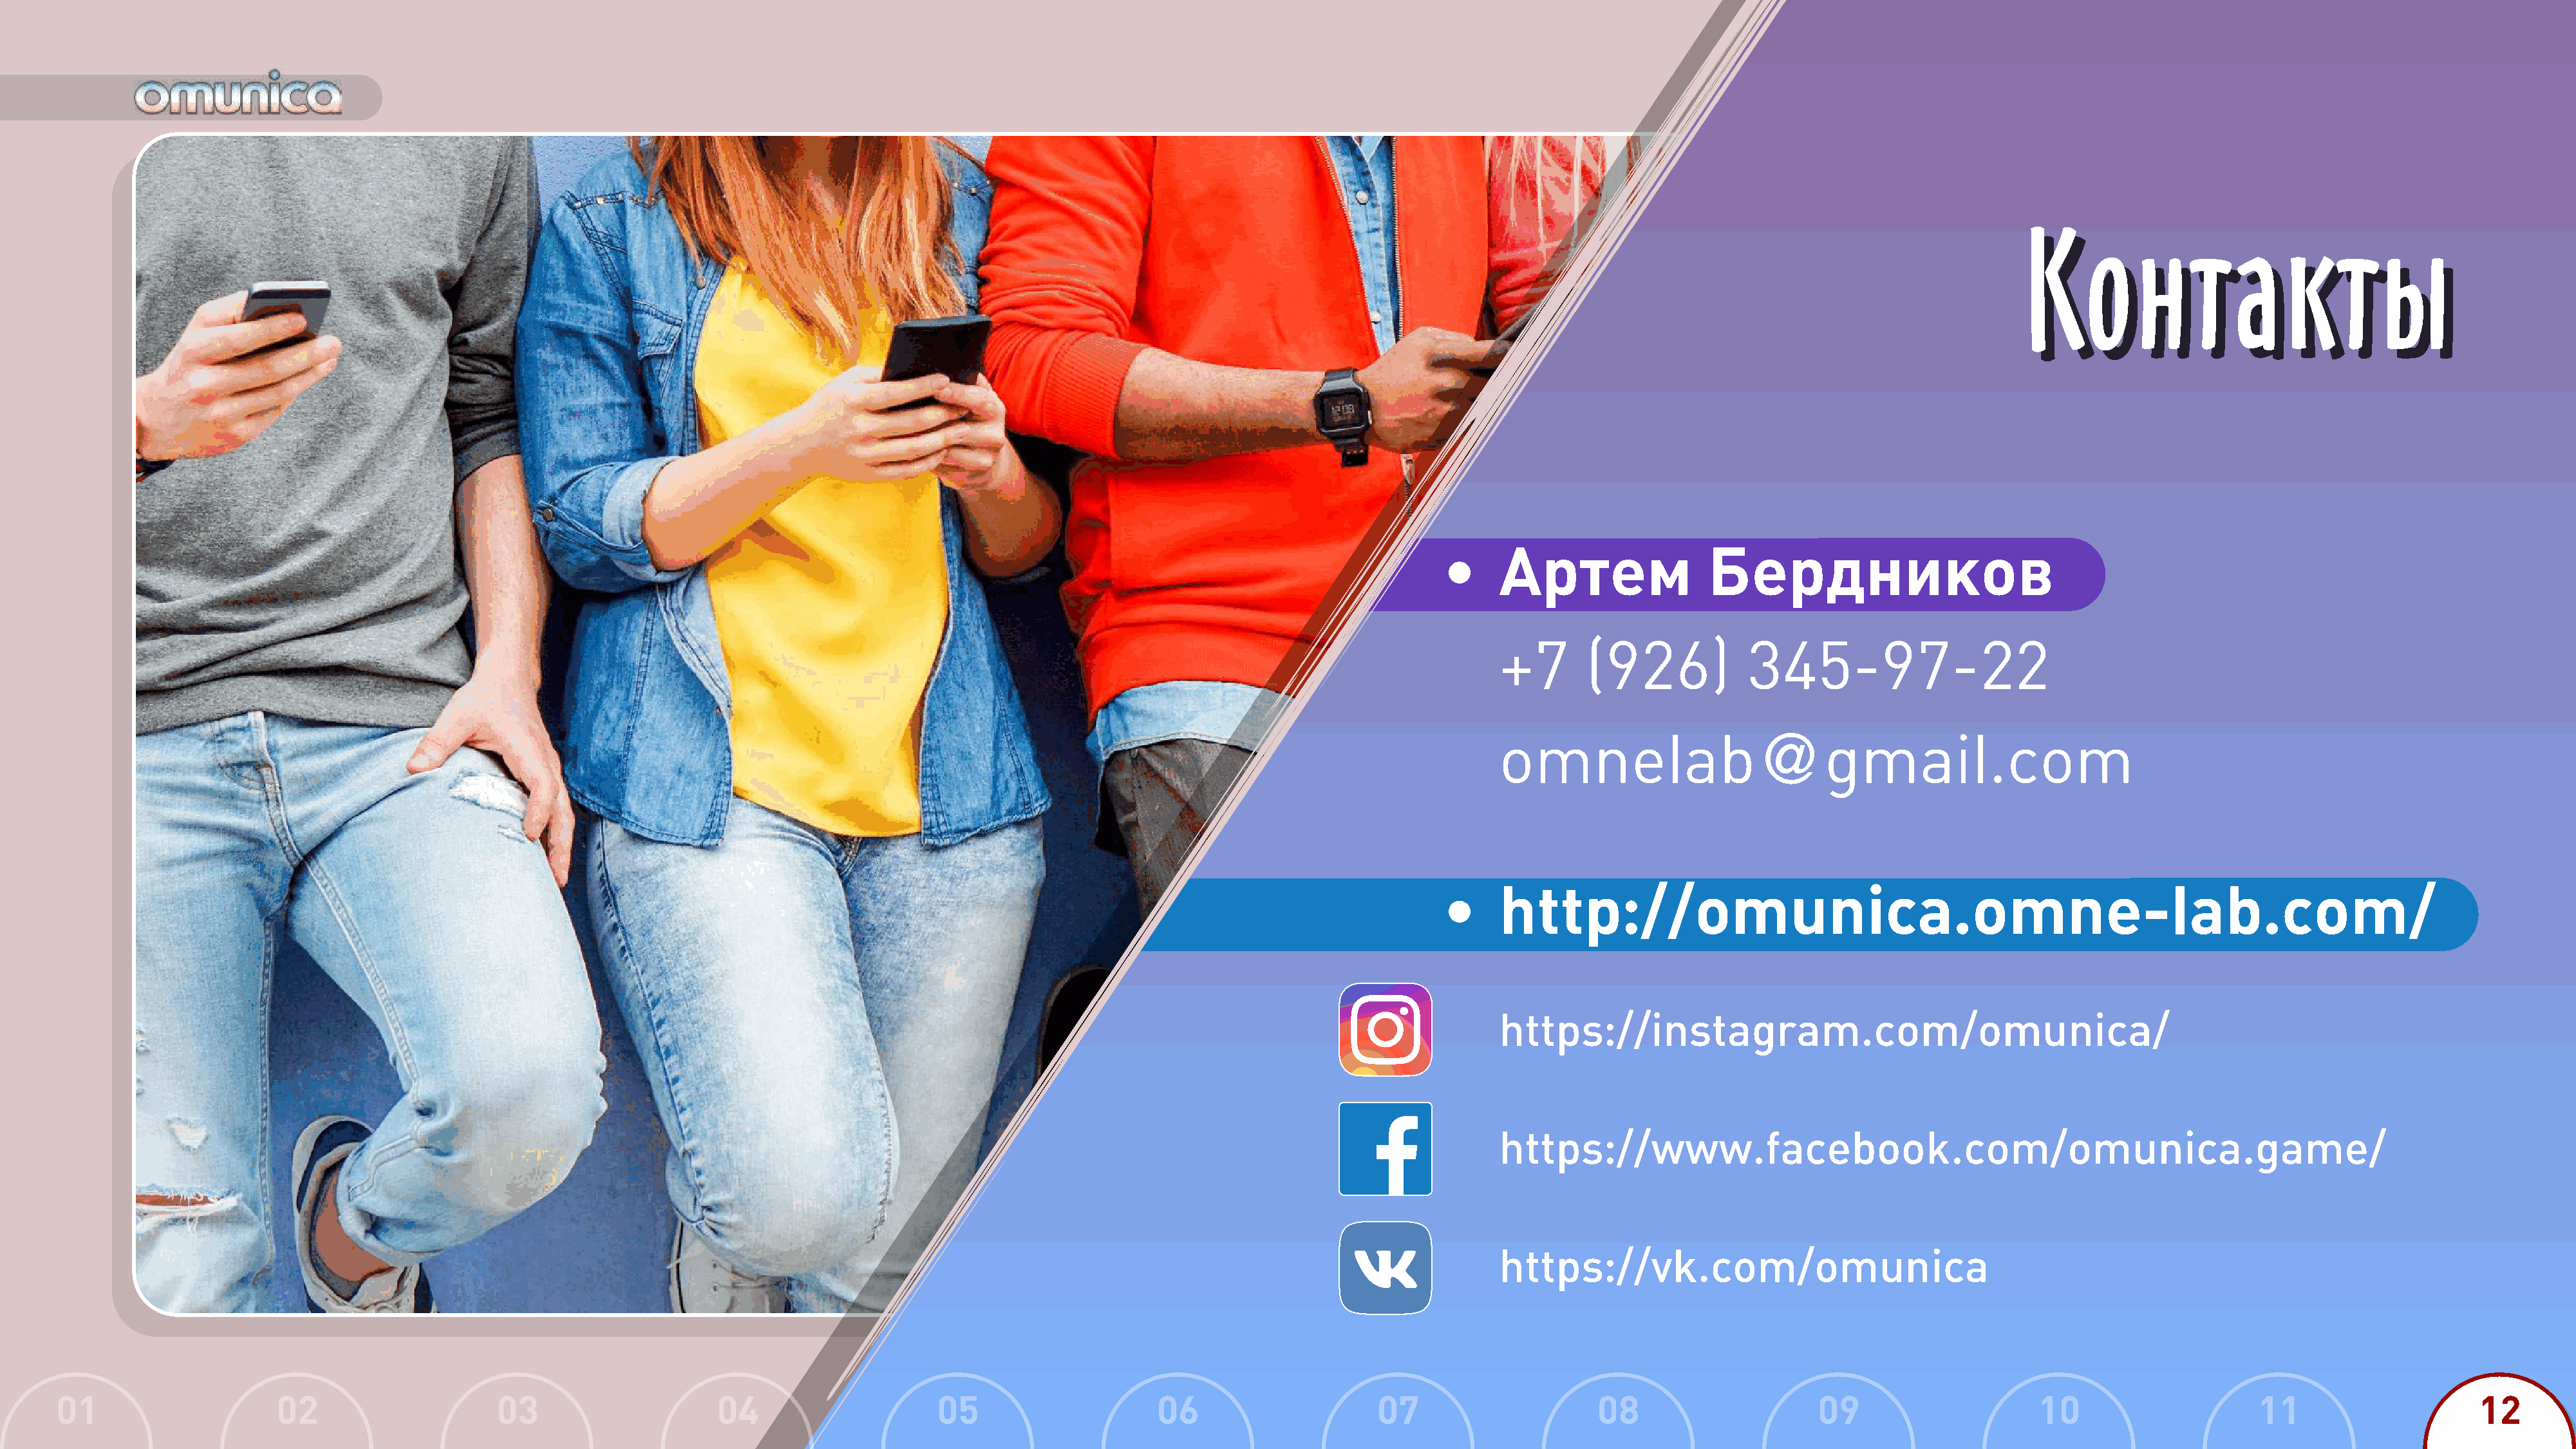
Контакты
 Контакты
 •     Артем                 Бердников
 +7       (926)            345-97-22
 omnelab@gmail.com
 •     http://omunica.omne-lab.com/
 https://instagram.com/omunica/
 https://www.facebook.com/omunica.game/
 https://vk.com/omunica
 01                    02                     03                     04                    05                     06                     07                    08                     09                     10                    11                     12